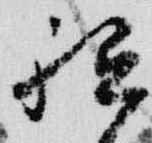
祗